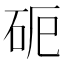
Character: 𥑉